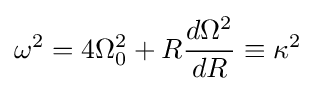
\omega ^{2}=4\Omega _{0}^{2}+R{d\Omega ^{2} \over dR}\equiv \kappa ^{2}